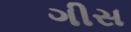
ગીસ